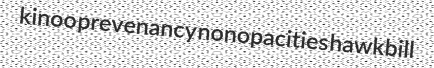
kinoo prevenancy nonopacities hawkbill